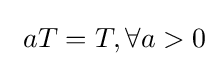
\ aT=T,\forall a>0